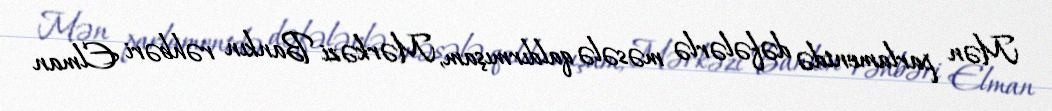
Mən parlamentdə dəfələrlə məsələ qaldırmışam, Mərkəzi Bankın rəhbəri Elman